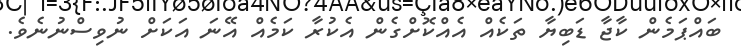
ބައްޕަމެން ކާޖާ ޑަބިޔާ ތަކެއް އެއްކޮށްގެން އެކުރާ ކަމެއް އޭނަ އަކަށް ނުވިސްނުނެވެ.